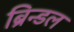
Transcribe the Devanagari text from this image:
ब्रिन्डल